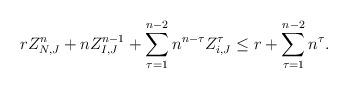
LaTeX: \begin{align*}r Z_{N,J}^n+n Z_{I,J}^{n-1}+\sum_{\tau=1}^{n-2} n^{n-\tau} Z_{i,J}^{\tau}\leq r+\sum_{\tau=1}^{n-2} n^{\tau}.\end{align*}